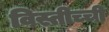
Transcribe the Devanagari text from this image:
विस्तीच्ची